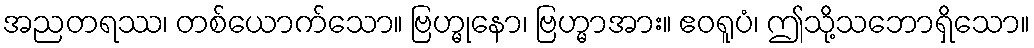
အညတရဿ၊ တစ်ယောက်သော။ ဗြဟ္မုနော၊ ဗြဟ္မာအား။ ဧဝရူပံ၊ ဤသို့သဘောရှိသော။